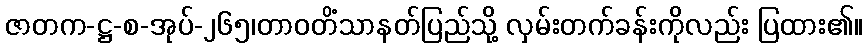
ဇာတက-ဋ္ဌ-စ-အုပ်-၂၆၅၊တာဝတိံသာနတ်ပြည်သို့ လှမ်းတက်ခန်းကိုလည်း ပြထား၏။